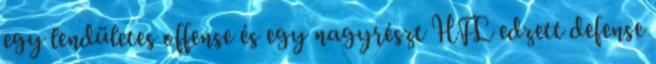
egy lendületes offense és egy nagyrészt HFL edzett defense